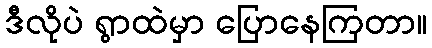
ဒီလိုပဲ ရွာထဲမှာ ပြောနေကြတာ။